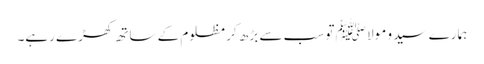
ہمارے سید و مولا ﷺ تو سب سے بڑھ کر مظلوم کے ساتھ کھڑے رہے۔